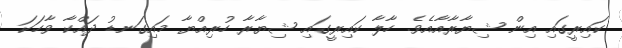
ކައިރީގައި އިން ޝިޔާރާއާއެވެ. ހާލާ ކައިރީގައި ޝިޔާރާ ހުރިއްޔާ މައިގަނޑު ދައްކާ ވާހަކަ